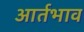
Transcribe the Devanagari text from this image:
आर्तभाव